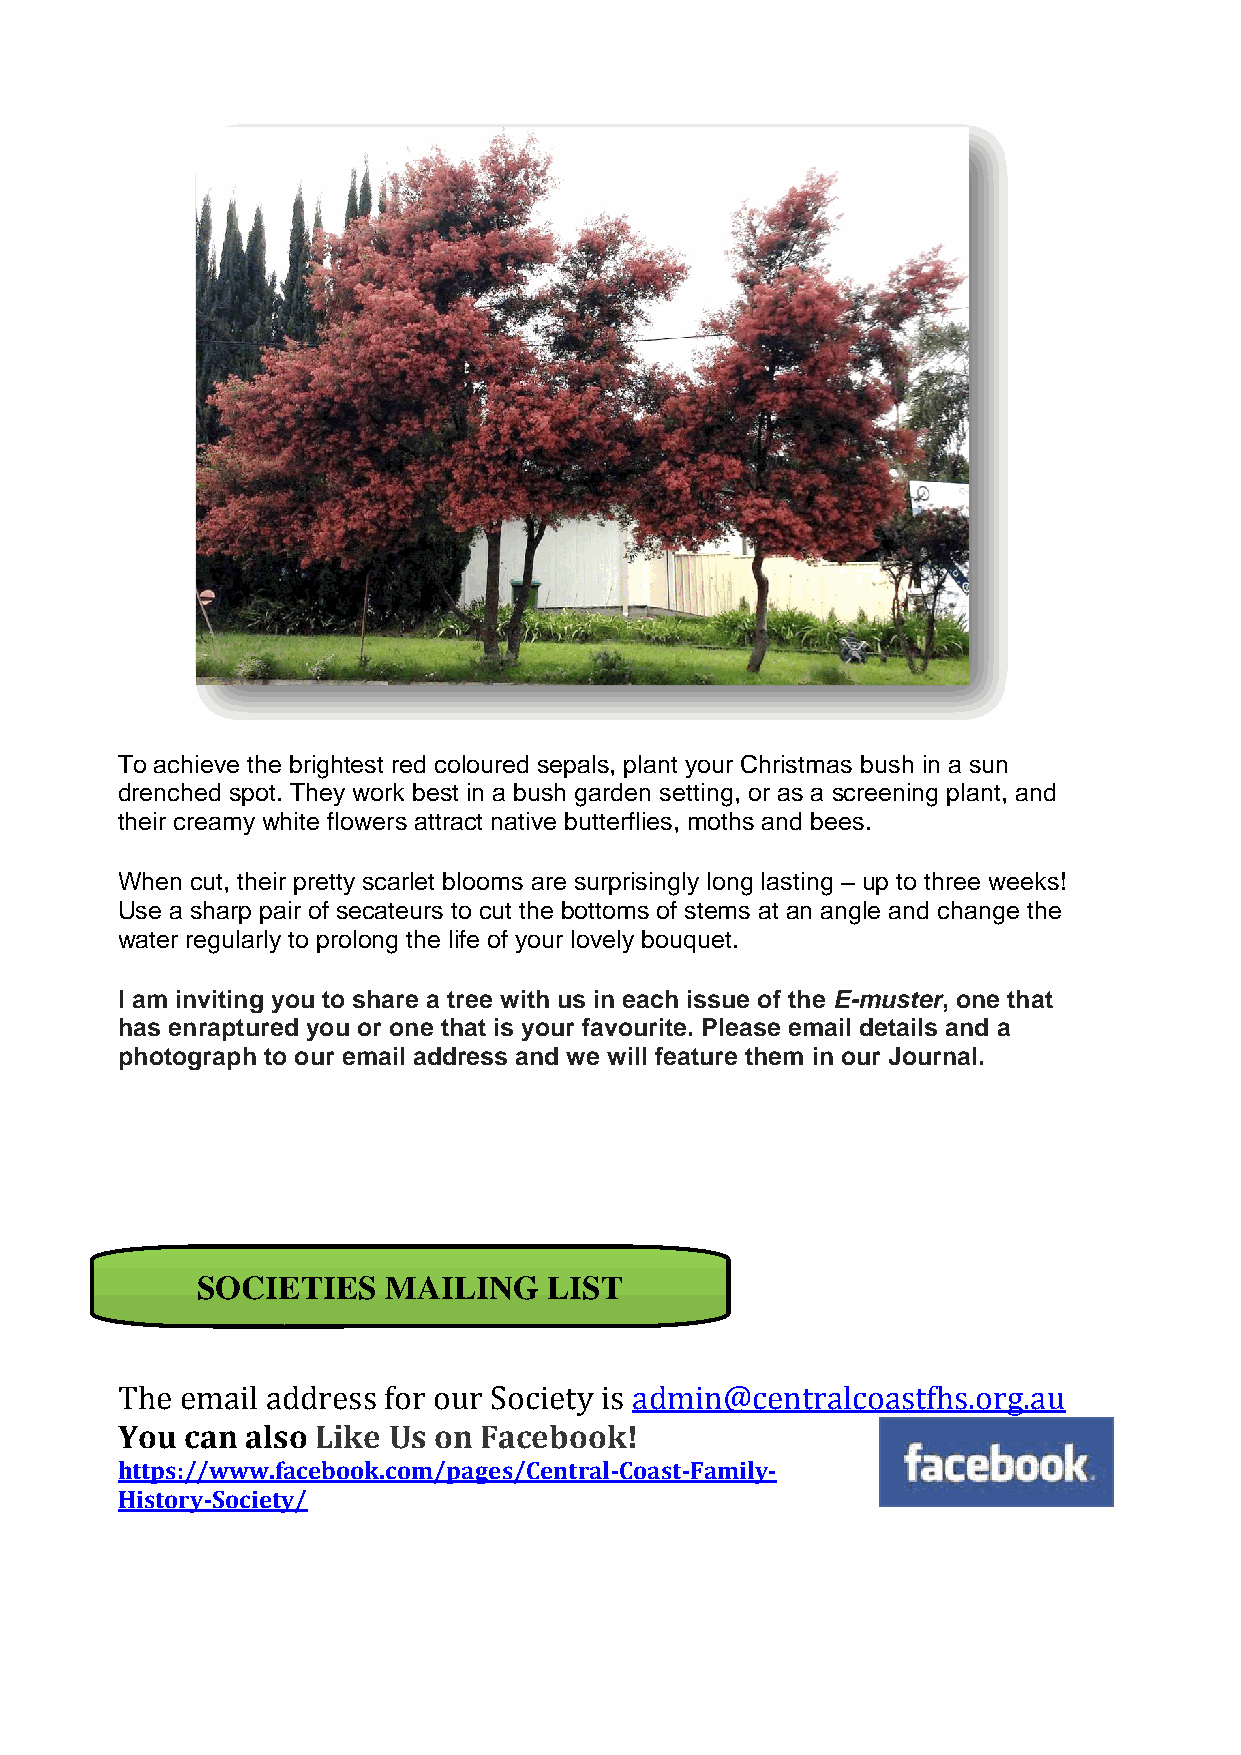
To achieve the brightest red coloured sepals, plant your Christmas bush in a sun
 drenched spot. They work best in a bush garden setting, or as a screening plant, and
 their creamy white flowers attract native butterflies, moths and bees.
 When cut, their pretty scarlet blooms are surprisingly long lasting – up to three weeks!
 Use a sharp pair of secateurs to cut the bottoms of stems at an angle and change the
 water regularly to prolong the life of your lovely bouquet.
 I am inviting you to share a tree with us in each issue of the E-muster, one that
 has enraptured you or one that is your favourite. Please email details and a
 photograph to our email address and we will feature them in our Journal.
 SOCIETIES   MAILING    LIST
 The email address for our Society is admin@centralcoastfhs.org.au
 You can also Like Us on Facebook!
 https://www.facebook.com/pages/Central-Coast-Family-
 History-Society/